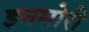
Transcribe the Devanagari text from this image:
इनमोरी